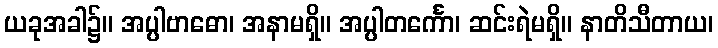
ယခုအခါ၌။ အပ္ပါဗာဓော၊ အနာမရှိ။ အပ္ပါတင်္ကော၊ ဆင်းရဲမရှိ။ နာတိသီတာယ၊